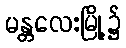
မန္တလေးမြို့၌